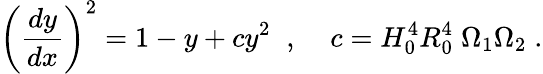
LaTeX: \left(\frac{dy}{dx}\right)^{2}=1-y+cy^{2}\; \; ,\; \; \; \; c=H_{0}^{4}R_{0}^{4}\; \Omega_{1}\Omega_{2}\; .